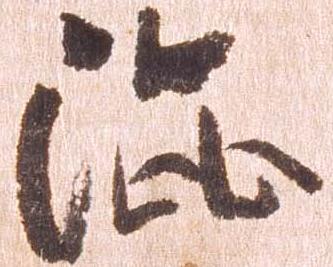
渋